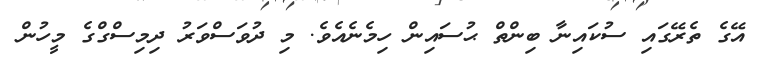
އޭގެ ތެރޭގައި ސުކައިނާ ބިންތް ޙުސައިން ހިމެނެއެވެ. މި ދުވަސްވަރު ދިމިސްގްގެ މީހުން